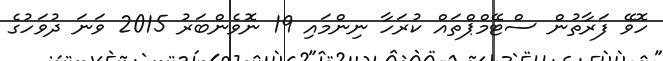
ހޮވޭ ފަރާތުން ސްޓޭމްޕްތައް ކުރަހާ ނިންމައި 19 ނޮވެންބަރު 2015 ވަނަ ދުވަހުގެ